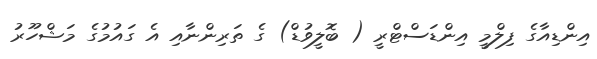
އިންޑިއާގެ ފިލްމީ އިންޑަސްޓްރީ ( ބޮލީވުޑް) ގެ ތަރިންނާއި އެ ގައުމުގެ މަޝްހޫރު